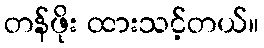
တန်ဖိုး ထားသင့်တယ်။